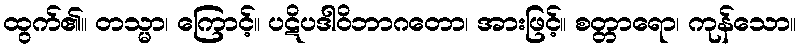
ထွက်၏။ တသ္မာ၊ ကြောင့်။ ပဋိပဒါဝိဘာဂတော၊ အားဖြင့်။ စတ္တာရော၊ ကုန်သော။